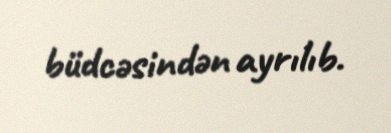
büdcəsindən ayrılıb.